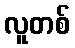
လူတစ်